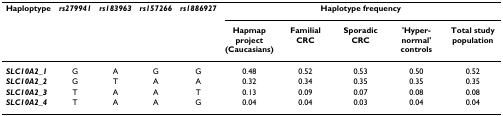
<table><thead><tr><td><b>Haploptype</b></td><td><b><i>rs279941</i></b></td><td><b><i>rs183963</i></b></td><td><b><i>rs157266</i></b></td><td><b><i>rs1886927</i></b></td><td colspan="5"><b>Haplotype frequency</b></td></tr><tr><td></td><td></td><td></td><td></td><td></td><td><b>Hapmap project (Caucasians)</b></td><td><b>Familial CRC</b></td><td><b>Sporadic CRC</b></td><td><b>&#x27;Hyper-normal&#x27; controls</b></td><td><b>Total study population</b></td></tr></thead><tbody><tr><td><b><i>SLC10A2_1</i></b></td><td>G</td><td>A</td><td>G</td><td>G</td><td>0.48</td><td>0.52</td><td>0.53</td><td>0.50</td><td>0.52</td></tr><tr><td><b><i>SLC10A2_2</i></b></td><td>G</td><td>T</td><td>A</td><td>A</td><td>0.32</td><td>0.34</td><td>0.35</td><td>0.35</td><td>0.35</td></tr><tr><td><b><i>SLC10A2_3</i></b></td><td>T</td><td>A</td><td>A</td><td>T</td><td>0.13</td><td>0.09</td><td>0.07</td><td>0.08</td><td>0.08</td></tr><tr><td><b><i>SLC10A2_4</i></b></td><td>T</td><td>A</td><td>A</td><td>G</td><td>0.04</td><td>0.04</td><td>0.03</td><td>0.04</td><td>0.04</td></tr></tbody></table>